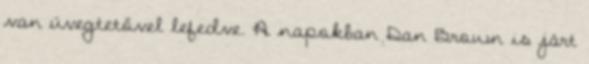
van üvegtetővel lefedve. A napokban Dan Brown is járt